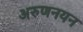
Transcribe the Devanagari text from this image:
अरुणनयन